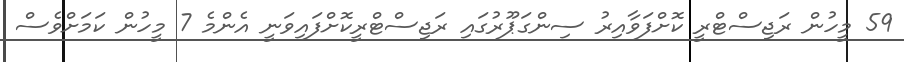
59 މީހުން ރަޖިސްޓްރީ ކޮށްފަވާއިރު ސިންގަޕޫރުގައި ރަޖިސްޓްރީކޮށްފައިވަނީ އެންމެ 7 މީހުން ކަމަށްވެސް